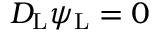
D _ { \mathrm { { L } } } \psi _ { \mathrm { { L } } } = 0